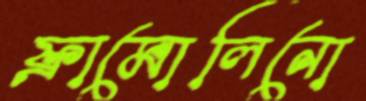
ফ্রামোলিনো